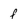
Character: f